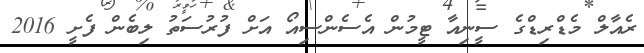
ރެއާލް މެޑްރިޑްގެ ސީނިއާ ޓީމުން އެސެންސިއޯ އަށް ފުރުސަތު ލިބެން ފެށީ 2016